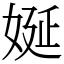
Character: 娫